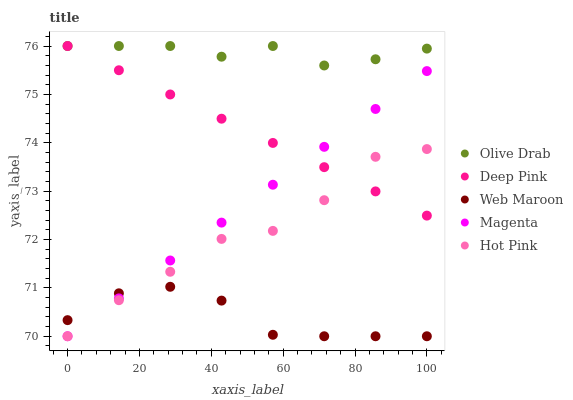
| xaxis_label | Olive Drab | Deep Pink | Web Maroon | Magenta | Hot Pink |
 | --- | --- | --- | --- | --- | --- |
 | 0 | 76 | 76 | 70.3 | 70 | 70 |
 | 14.3 | 76 | 75.5 | 70.9 | 70.8 | 70.7 |
 | 28.6 | 76 | 75 | 71 | 71.6 | 71.3 |
 | 42.9 | 75.8 | 74.5 | 70.7 | 72.3 | 72 |
 | 57.1 | 76 | 74 | 70 | 73.1 | 72.2 |
 | 71.4 | 75.6 | 73.5 | 70 | 73.9 | 72.8 |
 | 85.7 | 75.7 | 73 | 70 | 74.7 | 73.7 |
 | 100 | 75.9 | 72.5 | 70 | 75.5 | 73.9 |